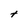
Character: t